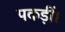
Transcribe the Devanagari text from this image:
पकड़ीं।